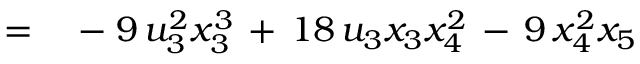
\qquad \qquad = \quad - \; 9 \, u _ { 3 } ^ { 2 } x _ { 3 } ^ { 3 } \, + \, 1 8 \, u _ { 3 } x _ { 3 } x _ { 4 } ^ { 2 } \, - \, 9 \, x _ { 4 } ^ { 2 } x _ { 5 }